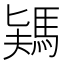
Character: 𩣎